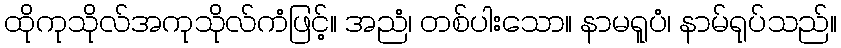
ထိုကုသိုလ်အကုသိုလ်ကံဖြင့်။ အညံ၊ တစ်ပါးသော။ နာမရူပံ၊ နာမ်ရုပ်သည်။